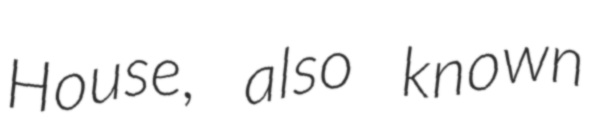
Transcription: House, also known